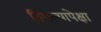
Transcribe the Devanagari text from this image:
तिथल्यापेक्षा